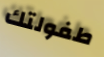
طفولتك